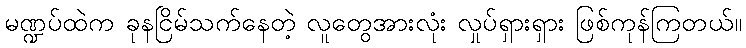
မဏ္ဍပ်ထဲက ခုနငြိမ်သက်နေတဲ့ လူတွေအားလုံး လှုပ်ရှားရှား ဖြစ်ကုန်ကြတယ်။